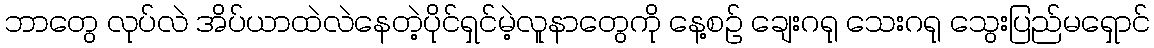
ဘာတွေ လုပ်လဲ အိပ်ယာထဲလဲနေတဲ့ပိုင်ရှင်မဲ့လူနာတွေကို နေ့စဉ် ချေးဂရု သေးဂရု သွေးပြည်မရှောင်